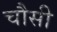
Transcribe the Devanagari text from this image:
चौसी